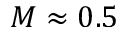
M \approx 0 . 5